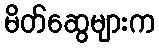
မိတ်ဆွေများက